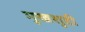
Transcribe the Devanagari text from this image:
मुखशुद्दी